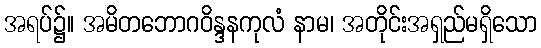
အရပ်၌။ အမိတဘောဂဝိန္ဒနကုလံ နာမ၊ အတိုင်းအရှည်မရှိသော